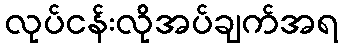
လုပ်ငန်းလိုအပ်ချက်အရ